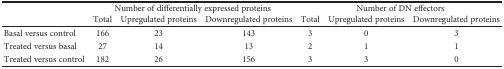
| <ROWSPAN=2>  | <COLSPAN=3> Number of differentially expressed proteins | <COLSPAN=3> Number of DN effectors |
 | Total | Upregulated proteins | Downregulated proteins | Total | Upregulated proteins | Downregulated proteins |
 | --- | --- | --- | --- | --- | --- | --- |
 | Basal versus control | 166 | 23 | 143 | 3 | 0 | 3 |
 | Treated versus basal | 27 | 14 | 13 | 2 | 1 | 1 |
 | Treated versus control | 182 | 26 | 156 | 3 | 3 | 0 |